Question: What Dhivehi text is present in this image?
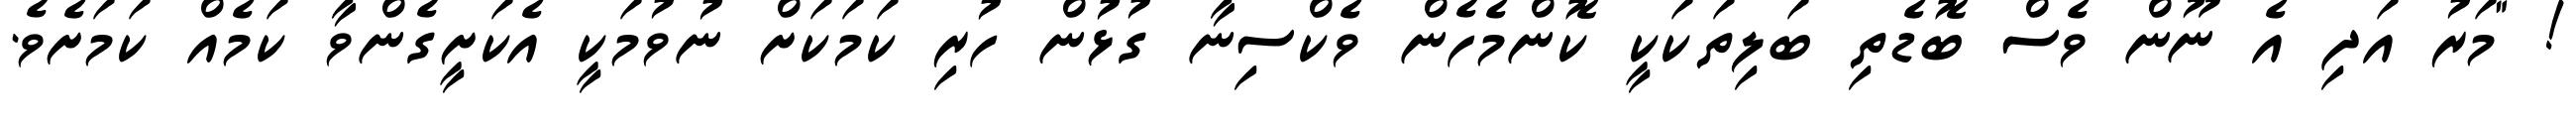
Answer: ! "މަރު އަދި އެ ނޫން ވެސް ބޮޑެތި ބަލިތަކަކީ ކޮންމެހެން ވެކްސިނާ ގުޅުން ހުރި ކަމަކަށް ނުވުމަކީ އެކަށީގެންވާ ކަމެއް ކަމަށެވެ.